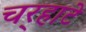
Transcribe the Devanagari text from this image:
चर्‍हाटे